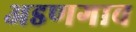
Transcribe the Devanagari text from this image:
अडणगाव